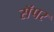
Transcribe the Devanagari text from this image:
सॅपर